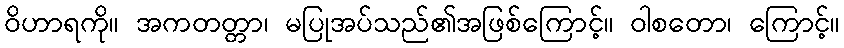
ဝိဟာရကို။ အကတတ္တာ၊ မပြုအပ်သည်၏အဖြစ်ကြောင့်။ ဝါစတော၊ ကြောင့်။